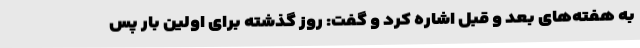
به هفته‌های بعد و قبل اشاره کرد و گفت: روز گذشته برای اولین بار پس